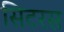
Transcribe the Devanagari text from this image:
सिटरस